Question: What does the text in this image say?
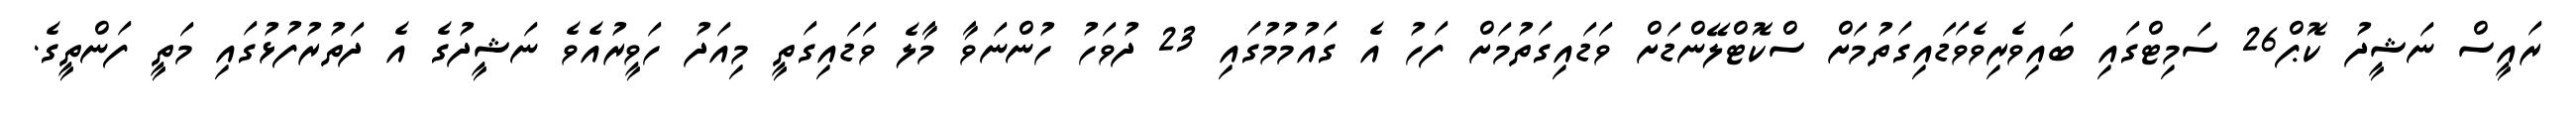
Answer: ރައީސް ނަޝީދު ކޮޕް26 ސަމިޓްގައި ބައިވެރިވެވަޑައިގަތުމަށް ސްކޮޓްލޭންޑަށް ވަޑައިގަތުމަށް ފަހު އެ ގައުމުމުގައި 23 ދުވަހު ހުންނަވާ މާލެ ވަޑައިގަތީ މިއަދު ހަވީރުއެވެ ނަޝީދުގެ އެ ދަތުރުފުޅުގައި މަތީ ފަންތީގެ.